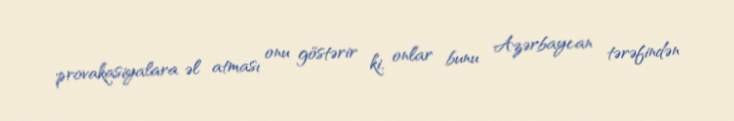
provakasiyalara əl atması onu göstərir ki, onlar bunu Azərbaycan tərəfindən